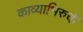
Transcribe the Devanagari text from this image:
काव्याभिरुची